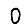
Digit: 0